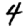
Digit: 4